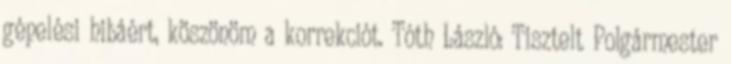
gépelési hibáért, köszönöm a korrekciót. Tóth László: Tisztelt Polgármester